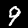
Label: 9